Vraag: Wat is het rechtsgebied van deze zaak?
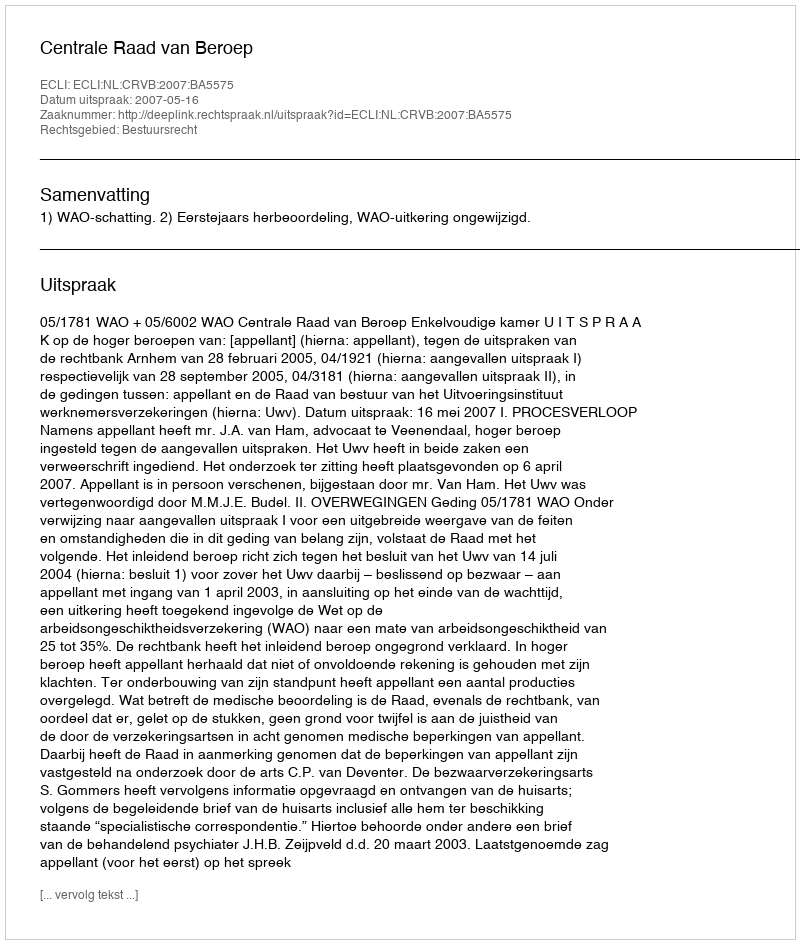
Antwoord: Bestuursrecht